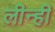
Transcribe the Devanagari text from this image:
लीन्‍ही